Report on horse surra - Volume I
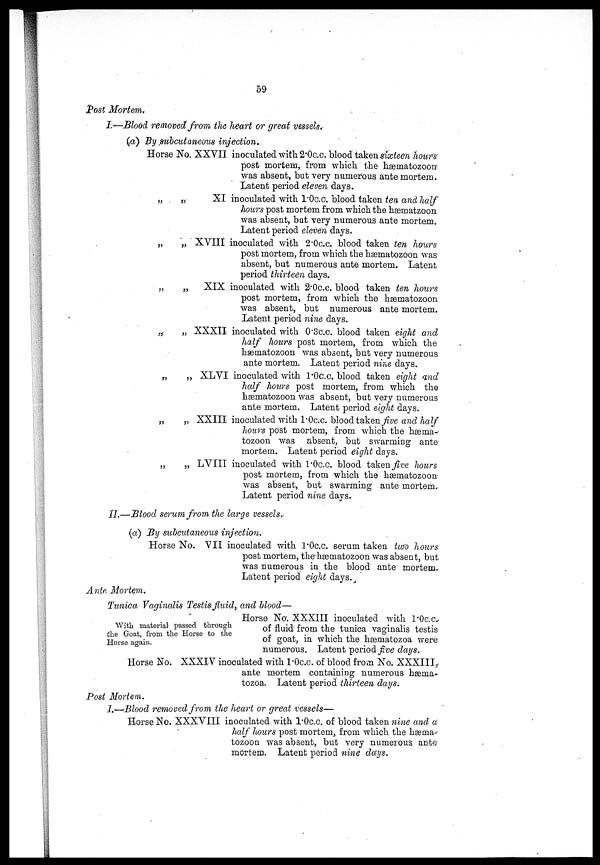
59
Post Mortem.
I—Blood, removed from the heart or great vessels.
(a) By subcutaneous injection.
Horse No. XXVII
„
„
XI
„ „ XVIII
„ „ XIX
„ „ XXXII
„
„ XLVI
„ „ XXIII
„
„ LVIII
inoculated with 2.0c.c. blood taken sixteen hour's
post mortem, from which the hæmatozoon
was absent, but very numerous ante mortem.
Latent period eleven days.
inoculated with 1.0c.c. blood taken ten and half
hours post mortem from which the hæmatzoon
was absent, but very numerous ante mortem.
Latent period eleven days.
inoculated with 2.0c.c. blood taken ten hours
post mortem, from which the hæmatozoon was
absent, but numerous ante mortem. Latent
period thirteen days.
inoculated with 2.0c.c. blood taken ten hours
post mortem, from which the hæmatozoon
was absent, but numerous ante mortem.
Latent period nine days.
inoculated with 0.3c.c. blood taken eight and
half hours post mortem, from which the
hæmatozoon was absent, but very numerous
ante mortem. Latent period nine days.
inoculated with 1.0c.c. blood taken eight and
half hours post mortem, from which the
hæmatozoon was absent, but very numerous
ante mortem. Latent period eight days.
inoculated with 1.0c.c. blood taken five and half
hours post mortem, from which the hæma-
tozoon was absent, but swarming ante
mortem. Latent period eight days.
inoculated with 1.0c.c. blood taken five hours
post mortem, from which the hæmatozoon-
was absent, but swarming ante mortem.
Latent period nine days.
II.—Blood serum from the large vessels.
(a) By subcutaneous injection.
Horse No. VII inoculated with 1.0c.c. serum taken two hours
post mortem, the hæmatozoon was absent, but
was numerous in the blood ante mortem.
Latent period eight days.
Ante Mortem.
Tunica Vaginalis Testis fluid, and blood—
With material passed through
the Goat, from the Horse to the
Horse again.
Horse No. XXXIII inoculated with 1.0c.c.
of fluid from the tunica vaginalis testis
of goat, in which the hæmatozoa were
numerous. Latent period five days.
Horse No; XXXIV inoculated with l.0c.c. of blood from No. XXXIII
ante mortem containing numerous hæma-
tozoa. Latent period thirteen days.
Post Mortem.
I.—Blood removed from the heart or great vessels—
Horse No. XXXVIII inoculated with 1.0c.c. of blood taken nine and a
half hours post mortem, from which the hæma-
tozoon was absent, but very numerous ante-
mortem. Latent period nine days.